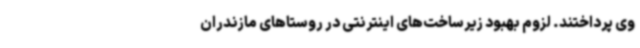
وی پرداختند. لزوم بهبود زیرساخت‌های اینترنتی در روستاهای مازندران